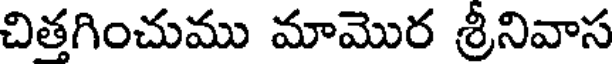
చితగించుము మామొర శ్రీనివాస